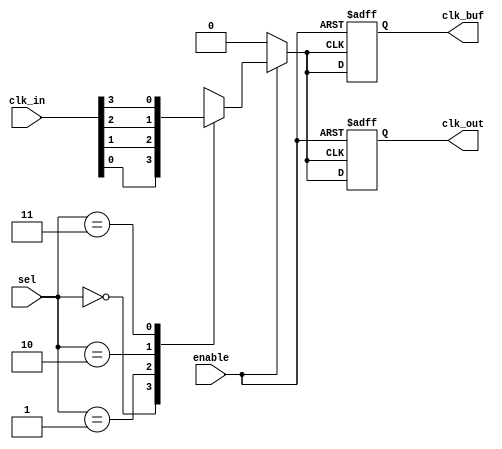
module clock_mux_buffer #(
    parameter n = 4,                  // Number of clock inputs
    parameter m = 2                   // Number of select lines
)(
    input   [n-1:0] clk_in,          // Clock inputs
    input   [m-1:0] sel,             // Select lines
    input   enable,                  // Enable signal
    output  reg clk_out,             // Clock output
    output  reg clk_buf              // Buffered clock output
);

// Internal signal to hold the selected clock input
reg selected_clk;

// Combinational logic to select the appropriate clock input
always @(*) begin
    if (enable) begin
        case (sel)
            0: selected_clk = clk_in[0];
            1: selected_clk = clk_in[1];
            2: selected_clk = clk_in[2];
            3: selected_clk = clk_in[3];
            // Add more cases if n > 4
            default: selected_clk = clk_in[0]; // Default case
        endcase
    end else begin
        selected_clk = 1'b0; // Stable state when disabled
    end
end

// Output logic
always @(posedge selected_clk or negedge enable) begin
    if (!enable) begin
        clk_out <= 1'b0; // Hold clk_out low when disabled
    end else begin
        clk_out <= selected_clk; // Route selected clock to output
    end
end

// Buffered clock output to ensure drive strength
always @(posedge selected_clk or negedge enable) begin
    if (!enable) begin
        clk_buf <= 1'b0; // Hold clk_buf low when disabled
    end else begin
        clk_buf <= selected_clk; // Buffer the selected clock
    end
end

endmodule